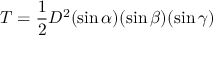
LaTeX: T = { \frac { 1 } { 2 } } D ^ { 2 } ( \sin \alpha ) ( \sin \beta ) ( \sin \gamma )